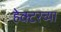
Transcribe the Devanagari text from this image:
हेक्टरच्या